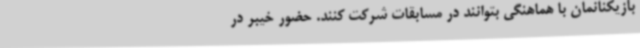
بازیکنانمان با هماهنگی بتوانند در مسابقات شرکت کنند. حضور خیبر در